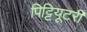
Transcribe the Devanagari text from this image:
पिट्टियूटरी